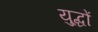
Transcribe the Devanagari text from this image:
यु्द्धों